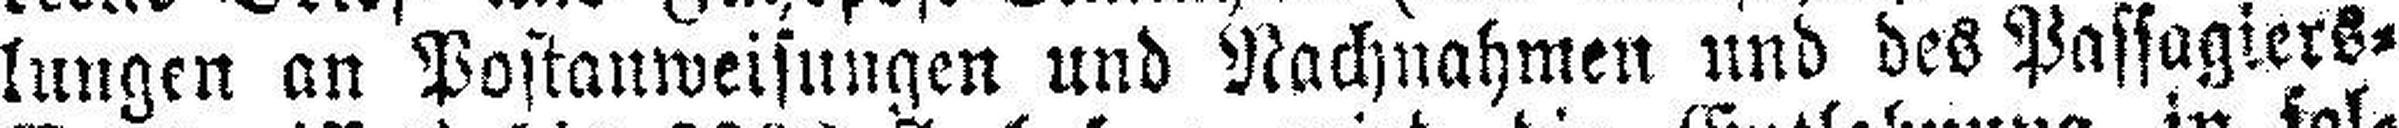
lungen an Postanweisungen und Nachnahmen und des Passagiers¬